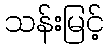
သန်းမြင့်